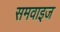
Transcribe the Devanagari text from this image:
समवाइज